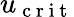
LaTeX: u_{\mathrm{~c~r~i~t~}}